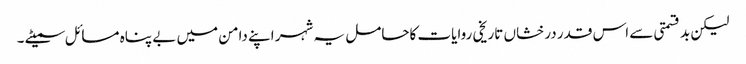
لیکن بد قسمتی سے اس قدر درخشاں تاریخی روایات کاحامل یہ شہر اپنے دامن میں بے پناہ مسائل سمیٹے ۔